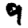
Digit: 9